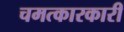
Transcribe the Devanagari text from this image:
चमत्कारकारी